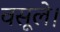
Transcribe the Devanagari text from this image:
वसूले।